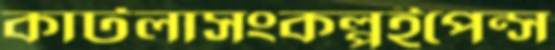
কাটলাসংকল্পইপেন্স